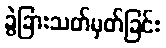
ခွဲခြားသတ်မှတ်ခြင်း